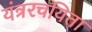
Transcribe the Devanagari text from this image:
यंत्ररचयिता